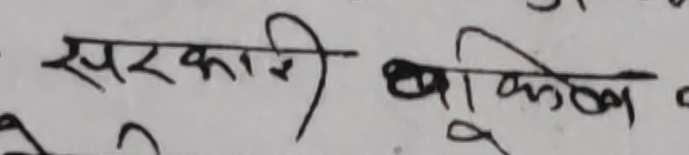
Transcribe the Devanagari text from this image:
सरकारी बाकिष